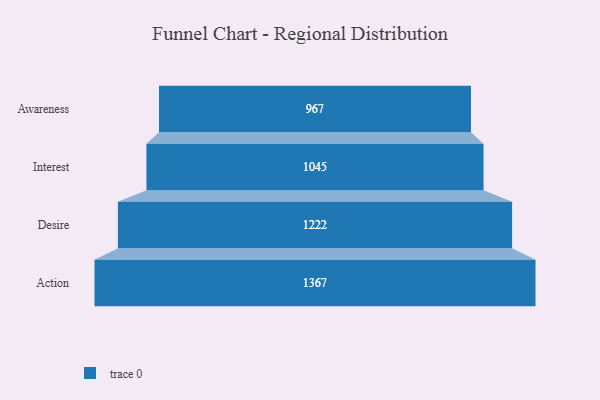
{"axis": {"x": "Stage", "y": "Value"}, "legend": [""], "data": [{"x": "Awareness", "y": 967.0, "type": ""}, {"x": "Interest", "y": 1045.0, "type": ""}, {"x": "Desire", "y": 1222.0, "type": ""}, {"x": "Action", "y": 1367.0, "type": ""}]}